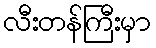
လီးတန်ကြီးမှာ